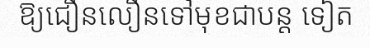
ឱ្យជឿនលឿនទៅមុខជាបន្ត ទៀត